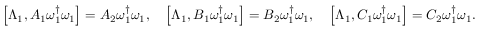
\begin{array} { r } { \left[ \Lambda _ { 1 } , { A _ { 1 } } \omega _ { 1 } ^ { \dagger } \omega _ { 1 } \right] = { A _ { 2 } } \omega _ { 1 } ^ { \dagger } \omega _ { 1 } , \quad \left[ \Lambda _ { 1 } , { B _ { 1 } } \omega _ { 1 } ^ { \dagger } \omega _ { 1 } \right] = { B _ { 2 } } \omega _ { 1 } ^ { \dagger } \omega _ { 1 } , \quad \left[ \Lambda _ { 1 } , { C _ { 1 } } \omega _ { 1 } ^ { \dagger } \omega _ { 1 } \right] = { C _ { 2 } } \omega _ { 1 } ^ { \dagger } \omega _ { 1 } . } \end{array}